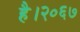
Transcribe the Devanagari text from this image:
है।२०६७